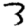
Digit: 3